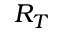
R _ { T }